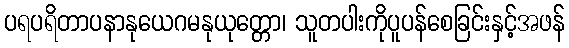
ပရပရိတာပနာနုယေဂမနုယုတ္တော၊ သူတပါးကိုပူပန်စေခြင်းနှင့်အဖန်